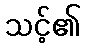
သင့်၏